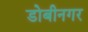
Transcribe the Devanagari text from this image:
डोबीनगर